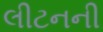
લીટનની